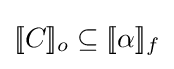
[\![C]\!]_{o}\subseteq [\![\alpha ]\!]_{f}